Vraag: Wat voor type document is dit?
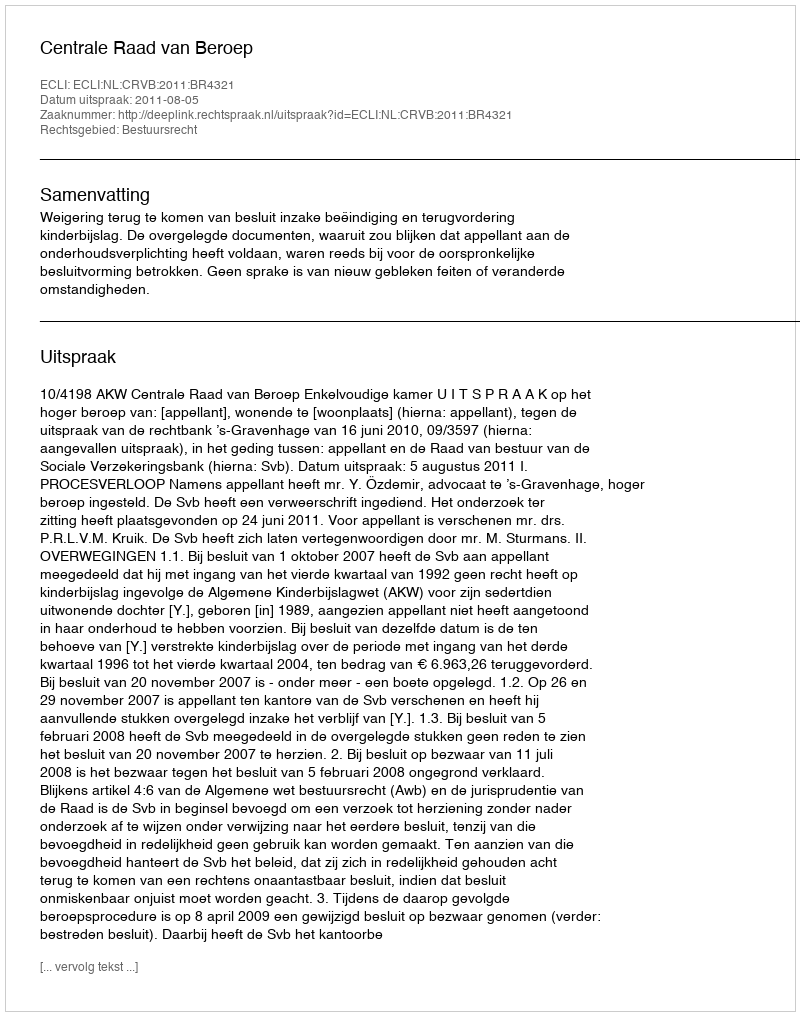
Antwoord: Uitspraak